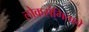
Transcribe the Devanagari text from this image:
लोकसंगिताचे